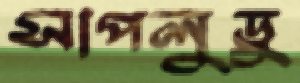
সাপলুডু